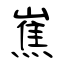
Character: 嶣